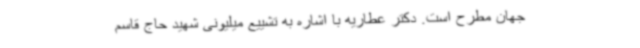
جهان مطرح است. دکتر عطاریه با اشاره به تشییع میلیونی شهید حاج قاسم